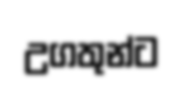
උගතුන්ට